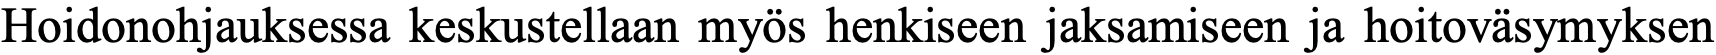
Hoidonohjauksessa keskustellaan myös henkiseen jaksamiseen ja hoitoväsymyksen